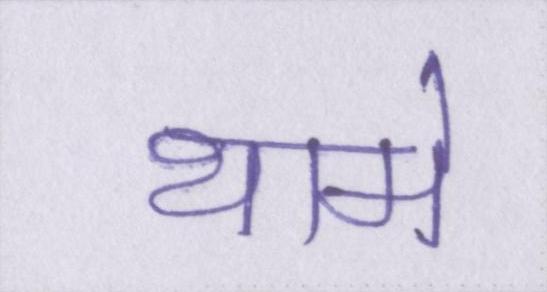
थामे